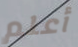
أعلم